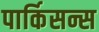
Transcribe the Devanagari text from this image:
पार्किसन्स